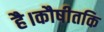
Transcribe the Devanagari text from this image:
है।कौषीतकि